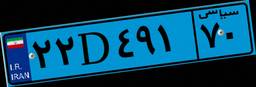
۱۰D۹۸۰۸۳